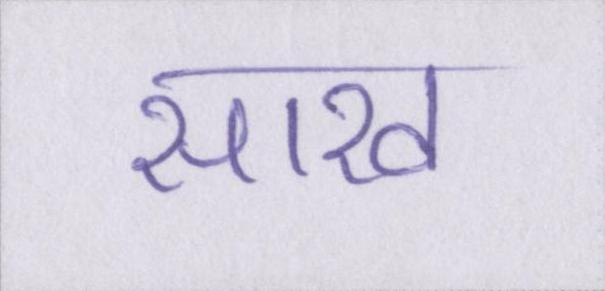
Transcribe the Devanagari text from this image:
साख